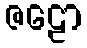
ဇဠော